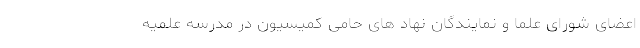
اعضای شورای علما و نمایندگان نهاد های حامی کمیسیون در مدرسه علمیه